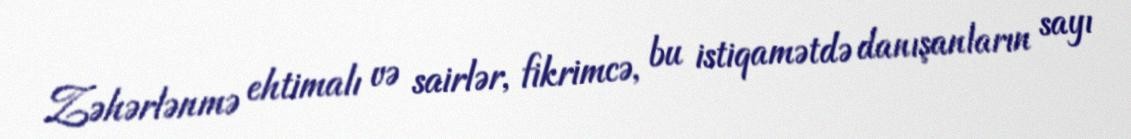
Zəhərlənmə ehtimalı və sairlər, fikrimcə, bu istiqamətdə danışanların sayı